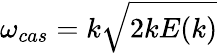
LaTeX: \omega_{cas}=k\sqrt{2kE(k)}